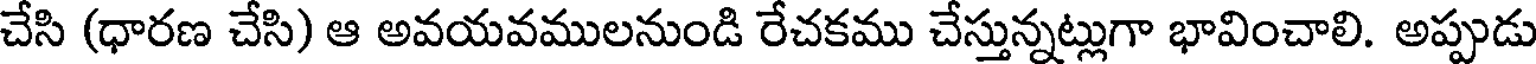
చేసి (ధారణ చేసి) ఆ అవయవములనుండి రేచకము చేస్తున్నట్లుగా భావించాలి. అప్పుడు